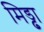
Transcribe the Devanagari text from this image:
मिड्ढा